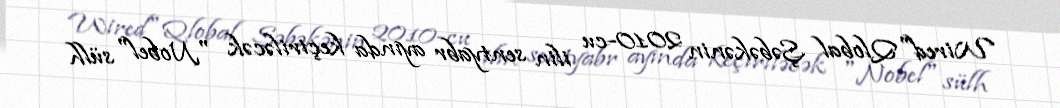
Wired" Qlobal Şəbəkənin 2010-cu ilin sentyabr ayında keçiriləcək "Nobel" sülh